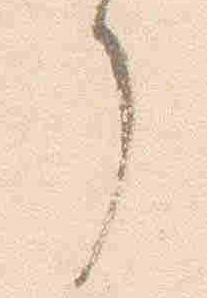
了